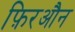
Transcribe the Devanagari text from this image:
फ़िरऔन